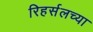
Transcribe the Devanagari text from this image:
रिहर्सलच्या